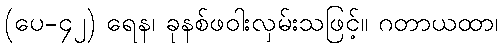
(ပေ-၄၂) ရေန၊ ခုနစ်ဖဝါးလှမ်းသဖြင့်။ ဂတာယထာ၊